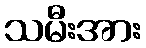
သမီးအား